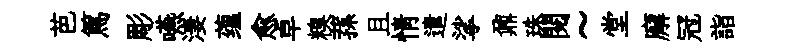
芭篤彫嚥淒蕴愈卓糗蓀且情遣挲鼐珠閲~堂廨冠詣